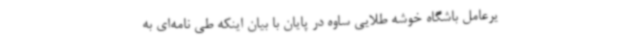
یرعامل باشگاه خوشه طلایی ساوه در پایان با بیان اینکه طی نامه‌ای به